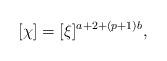
LaTeX: \begin{align*}[\chi] = [\xi]^{a+2 + (p+1)b},\end{align*}